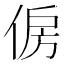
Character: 𠉱